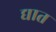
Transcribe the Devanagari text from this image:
द्यात